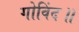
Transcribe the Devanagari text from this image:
गोविंद॥